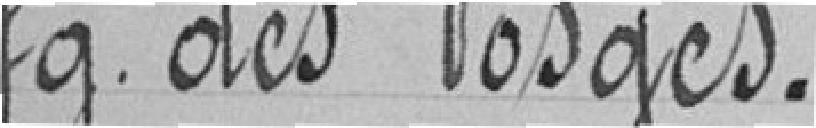
Faubourg des Vosges.